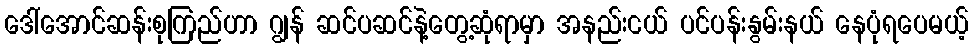
ဒေါ်အောင်ဆန်းစုကြည်ဟာ ဂျွန် ဆင်ပဆင်နဲ့တွေ့ဆုံရာမှာ အနည်းငယ် ပင်ပန်းနွမ်းနယ် နေပုံရပေမယ့်